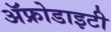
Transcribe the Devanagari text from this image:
ॲफ्रोडाइटी